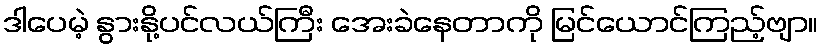
ဒါပေမဲ့ နွားနို့ပင်လယ်ကြီး အေးခဲနေတာကို မြင်ယောင်ကြည့်ဗျာ။